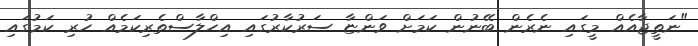
"ނަތީޖާއެއް މީގައި ނެރެން ބޭނުން ކަމަށް ވަންޏާ ސަރުކާރުގައި އިހްލާސްތެރިކަމެއް ހުރި ކަމުގައި